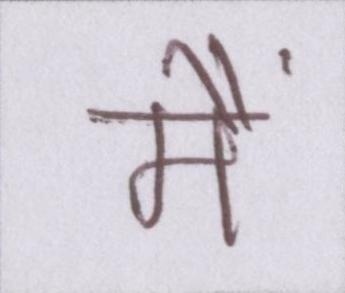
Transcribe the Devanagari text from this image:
मैं